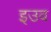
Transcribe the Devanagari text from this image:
इउव